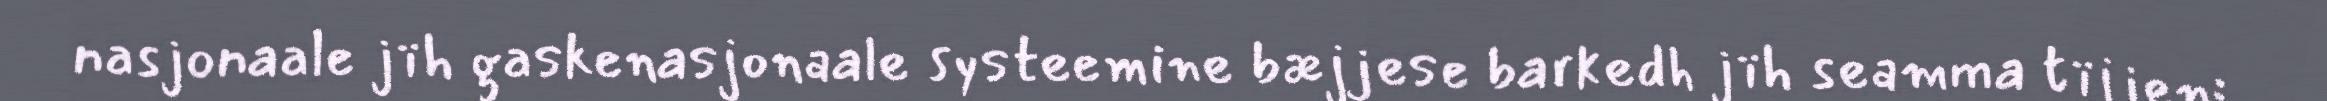
nasjonaale jïh gaskenasjonaale systeemine bæjjese barkedh jïh seamma tïjjen: